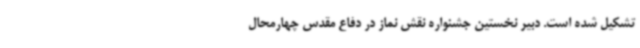
تشکیل شده است. دبیر نخستین جشنواره نقش نماز در دفاع مقدس چهارمحال